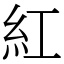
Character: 紅